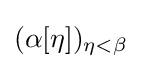
(\alpha [\eta ])_{\eta <\beta }